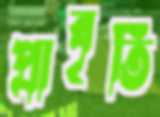
প্রাবৃতি